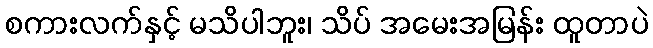
စကားလက်နှင့် မသိပါဘူး၊ သိပ် အမေးအမြန်း ထူတာပဲ